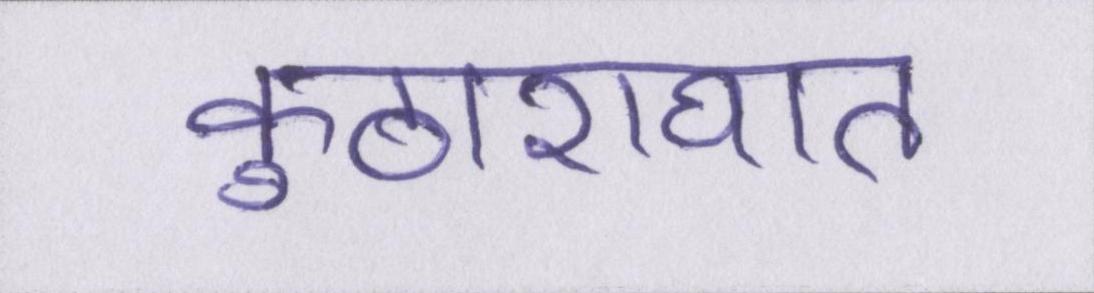
कुठाराघात